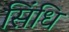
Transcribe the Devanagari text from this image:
सिंधि